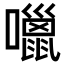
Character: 𡂏